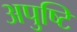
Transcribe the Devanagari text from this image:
अपुष्टि